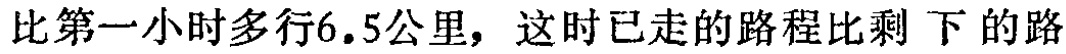
比第一小时多行6.5公里，这时已走的路程比剩下的路